Civil Veterinary Dept. North-West Frontier Province 1923-32 - 1923-1932
Year: 1923
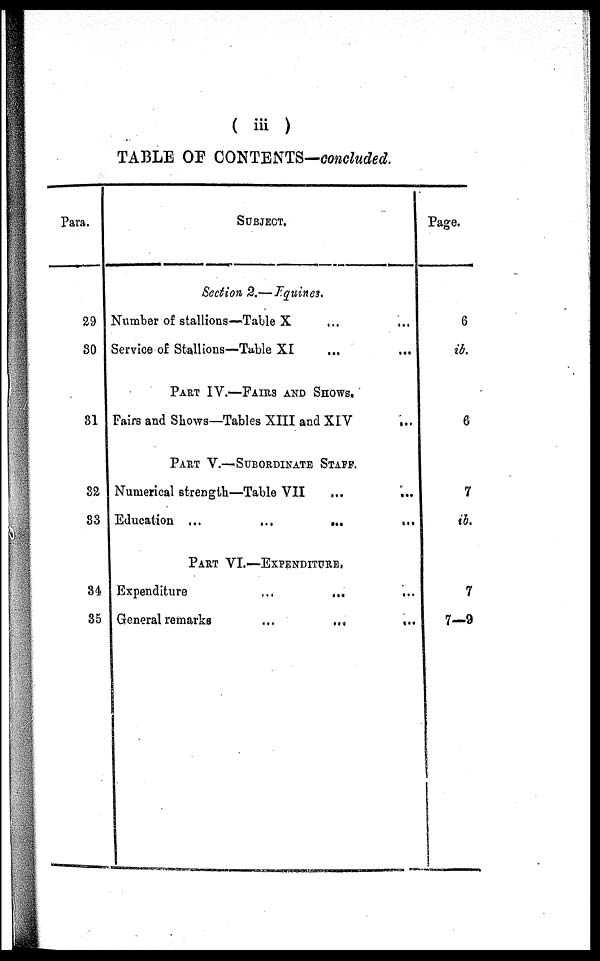
( iii )
TABLE OF CONTENTS—concluded.
Para.
29
30
31
82
83
34
35
SUBJECT.
Section 2.—Equines.
Number of stallions—Table X
Service of Stallions—Table XI
PART IV.—FAIRS AND SHOWS.
Fairs and Shows—Tables XIII and XIV
PART V.—SUBORDINATE STAFF.
Numerical strength—Table VII
Education ...
...
...
PART VI.—EXPENDITURE.
Expenditure
... ...
General remarks
...
...
...
...
...
...
...
...
...
Page.
6
ib.
6
7
ib.
7
7—9